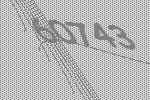
60743